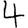
Digit: 4